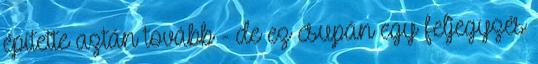
építette aztán tovább - de ez csupán egy feljegyzés